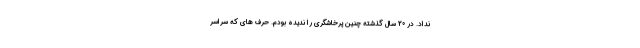
نداد. در 20 سال گذشته چنین پرخاشگری را ندیده بودم. حرف های که سراسر